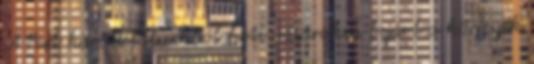
A Pest körüli falvakból heti vásárokra bejárt a környék